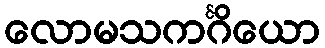
လောမသကင်္ဂိယော